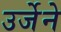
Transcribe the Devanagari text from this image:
उर्जेने